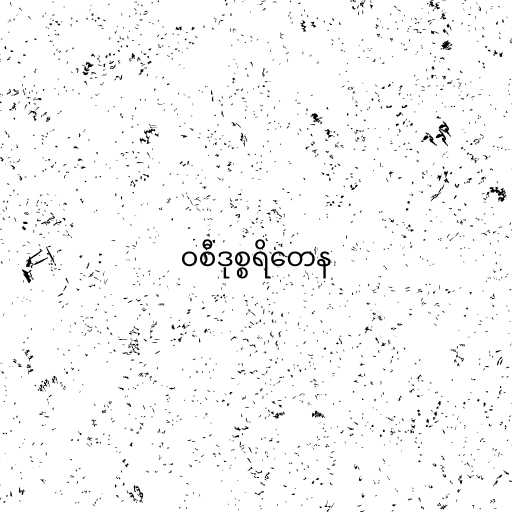
ဝစီဒုစ္စရိတေန